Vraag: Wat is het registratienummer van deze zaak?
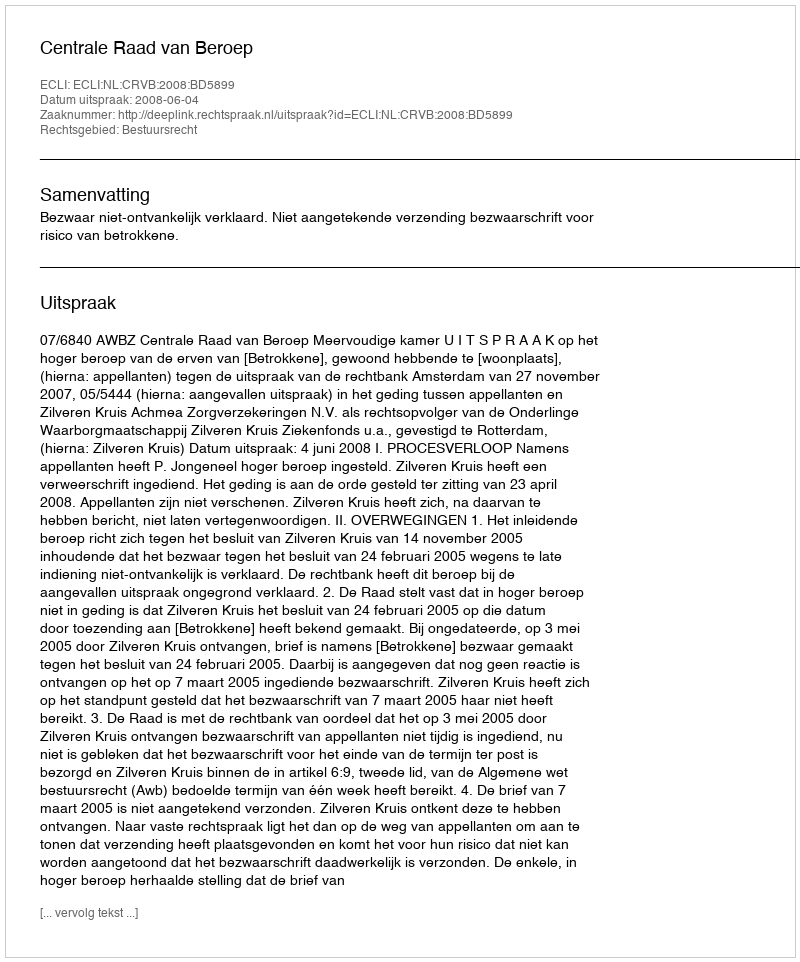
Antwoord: http://deeplink.rechtspraak.nl/uitspraak?id=ECLI:NL:CRVB:2008:BD5899